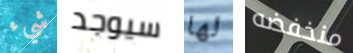
شيء سيوجد لها منخفضه